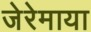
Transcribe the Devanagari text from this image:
जेरेमाया